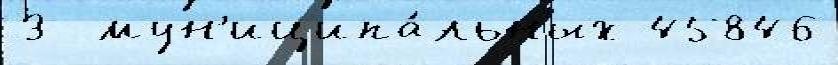
3  мун'иципа́льных 45846